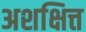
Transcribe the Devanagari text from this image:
अशक्षित्त